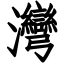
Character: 灣